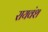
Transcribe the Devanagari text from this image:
रायवंश